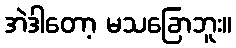
အဲဒါတော့ မသခြောဘူး။